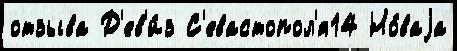
отзыва Д'ев'и́з С'евастопол'я14 Но́ваjа